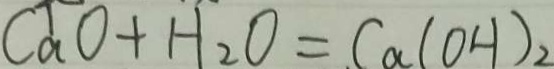
C a ^ { 1 } O + H _ { 2 } O = C a ( O H ) _ { 2 }